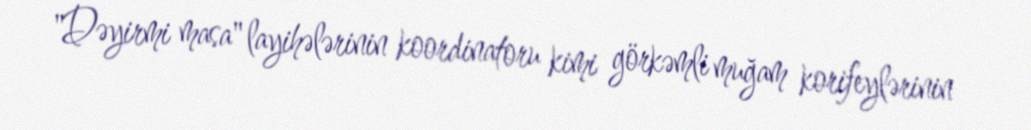
"Dəyirmi masa" layihələrinin koordinatoru kimi görkəmli muğam korifeylərinin